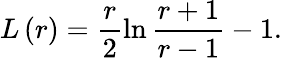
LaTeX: L\left(r\right)=\frac r2\ln\frac{r+1}{r-1}-1.